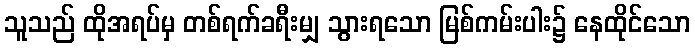
သူသည် ထိုအရပ်မှ တစ်ရက်ခရီးမျှ သွားရသော မြစ်ကမ်းပါး၌ နေထိုင်သော